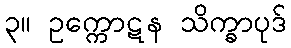
၃။ ဥက္ကောဋန သိက္ခာပုဒ်